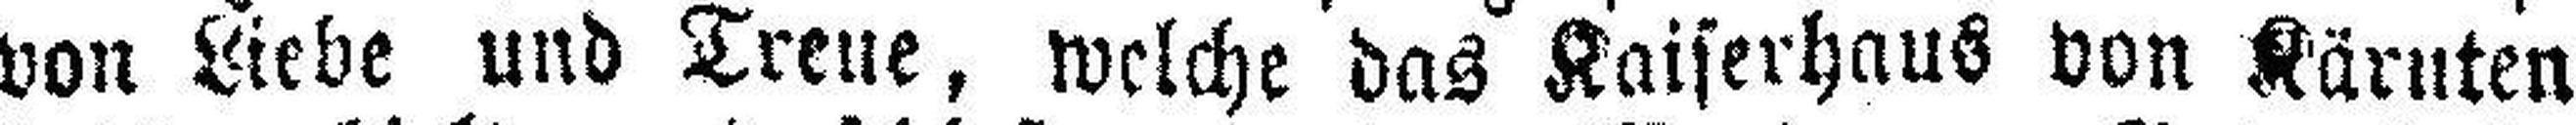
von Liebe und Treue, welche das Kaiserhaus von Kärnten